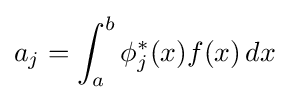
a_{j}=\int _{a}^{b}\phi _{j}^{*}(x)f(x)\,dx